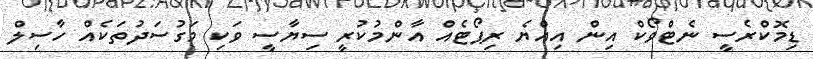
ޑިމޮކްރެސީ ނެޓްވޯކް އިން އިއްޔެ ރިޕޯޓެއް އާންމުކުރީ ސިޔާސީ ވަކި މަގުސަދުތަކެއް ހާސިލް